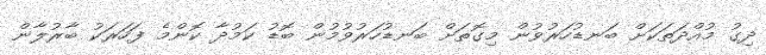
ދިގު މުއްދަތަކަށް ބަނޑުހަރުވުން މިގޮތަށް ބަނޑުހަރުވުމުން ބޮޑު ކަމުދާ ކޮންމެ ފަހަރަކު ބާރުލާން